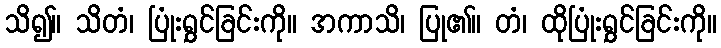
သိ၍။ သိတံ၊ ပြုံးရွှင်ခြင်းကို။ အကာသိ၊ ပြု၏။ တံ၊ ထိုပြုံးရွှင်ခြင်းကို။